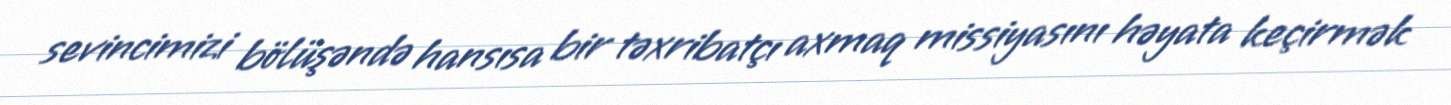
sevincimizi bölüşəndə hansısa bir təxribatçı axmaq missiyasını həyata keçirmək